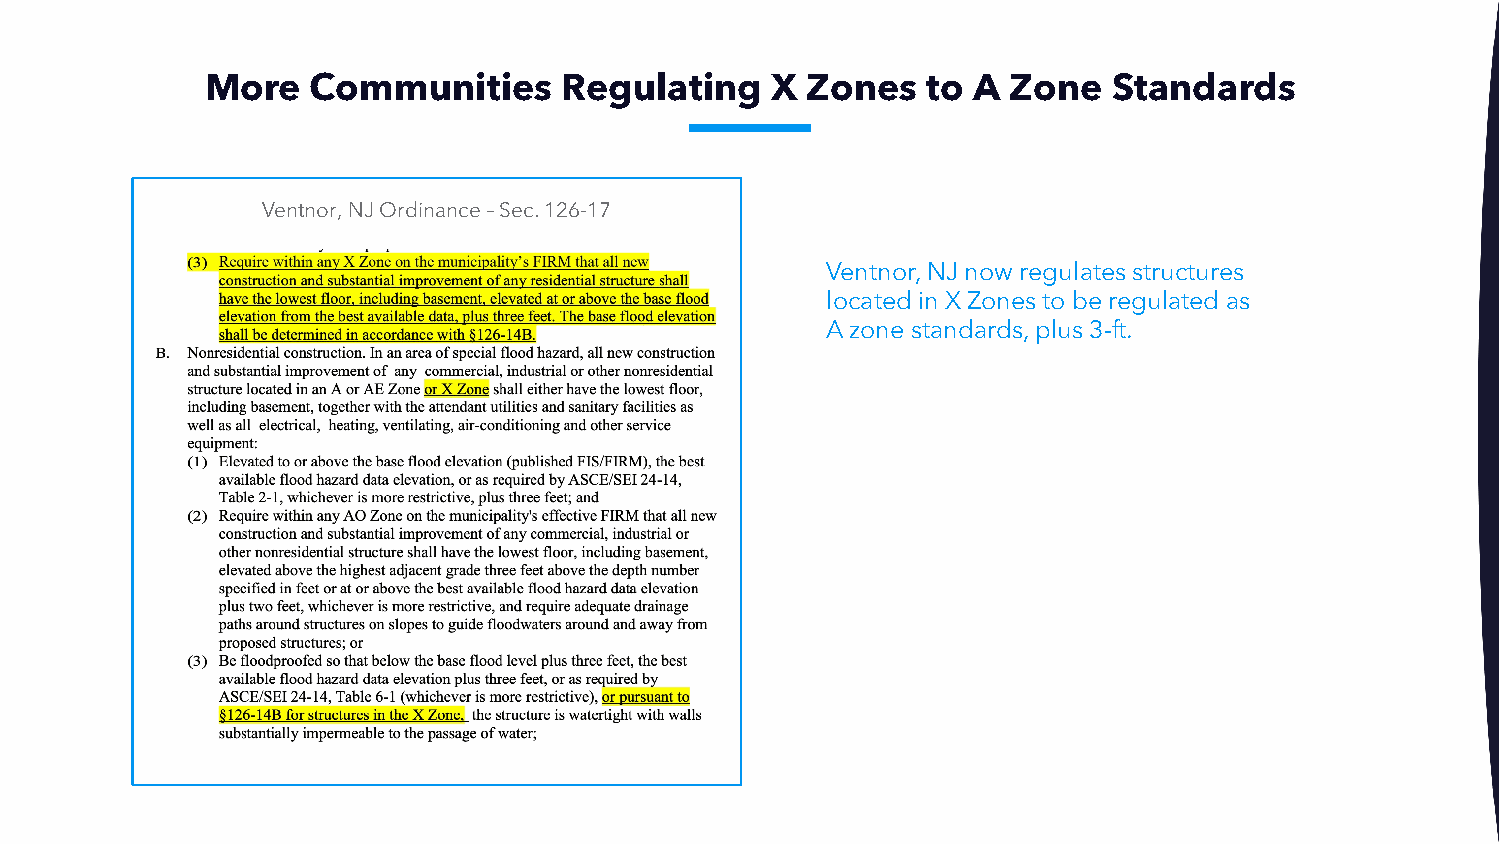
More   Communities     Regulating    X Zones   to A  Zone   Standards
 Ventnor, NJ Ordinance –Sec. 126-17
 Ventnor, NJ now regulates structures
 located in X Zones to be regulated as
 A zone standards, plus 3-ft.